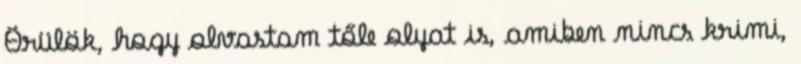
Örülök, hogy olvastam tőle olyat is, amiben nincs krimi,